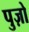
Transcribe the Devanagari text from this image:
पुज़ो